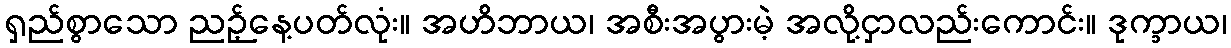
ရှည်စွာသော ညဉ့်နေ့ပတ်လုံး။ အဟိဘာယ၊ အစီးအပွားမဲ့ အလို့ငှာလည်းကောင်း။ ဒုက္ခာယ၊